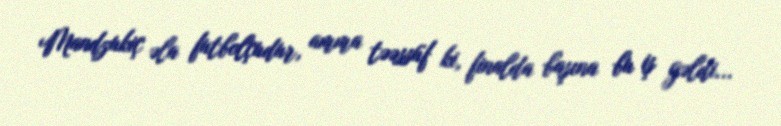
Mandzukiç əla futbolçudur, amma təəssüf ki, finalda başına bu iş gəldi...